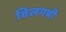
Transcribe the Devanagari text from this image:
विलगबी